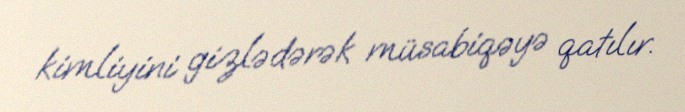
kimliyini gizlədərək müsabiqəyə qatılır.